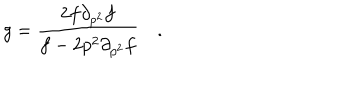
g = \frac { 2 f \partial _ { p ^ { 2 } } f } { f - 2 p ^ { 2 } \partial _ { p ^ { 2 } } f } \quad .